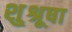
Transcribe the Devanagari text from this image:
शु्श्रूषा